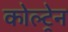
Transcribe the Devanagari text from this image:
कोल्ट्रेन